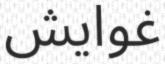
غوايش